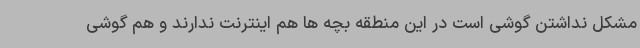
مشکل نداشتن گوشی است در این منطقه بچه ها هم اینترنت ندارند و هم گوشی